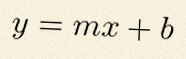
y=mx+b